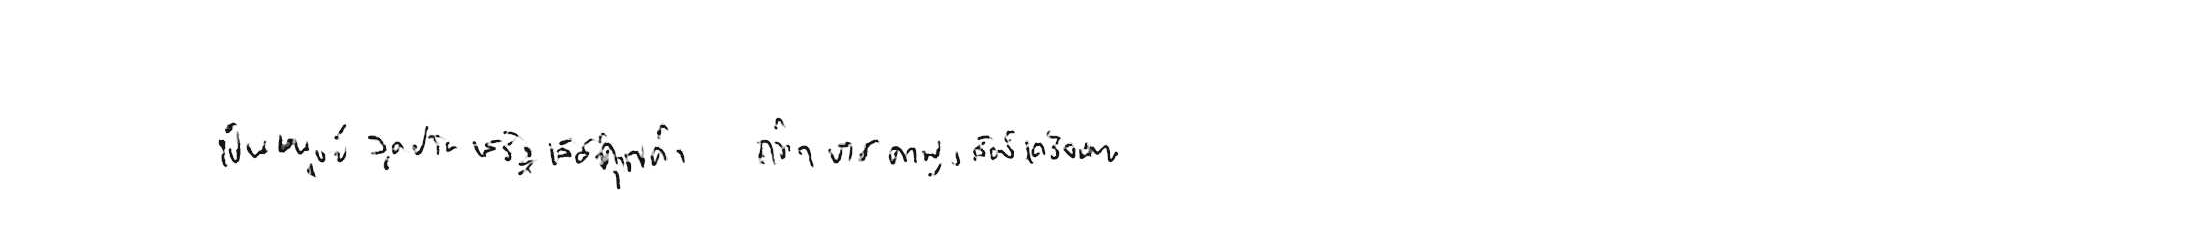
เป็นมนุษย์สุดประเสริฐเลิศคุณค่า กว่าบรรดาฝูงสัตว์เดรัจฉาน